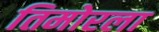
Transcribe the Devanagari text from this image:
तिमोरला